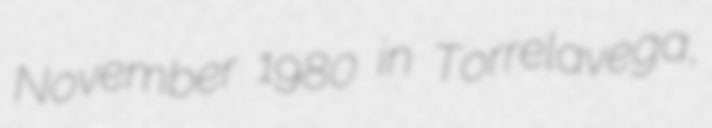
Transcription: November 1980 in Torrelavega,